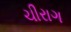
ચીરાગ